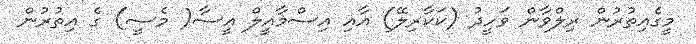
މީގެއިތުރުން ރިލްވާން ވަހީދު (ކަކާރިލޭ) އާއި އިސްމާއީލް އީސާ( މެސީ) ގެ އިތުރުން